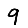
Digit: 9